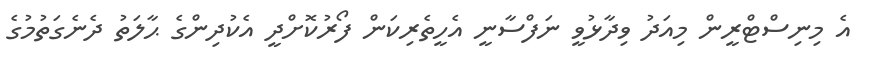
އެ މިނިސްޓްރީން މިއަދު ވިދާޅުވީ ނަފްސާނީ އެހީތެރިކަން ފޯރުކޮށްދީ އެކުދިންގެ ޙާލަތު ދެނެގަތުމުގެ